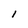
Character: i